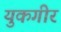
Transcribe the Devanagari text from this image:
युकगीर